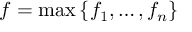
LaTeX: f = \operatorname* { m a x } \left\lbrace f _ { 1 } , \ldots , f _ { n } \right\rbrace